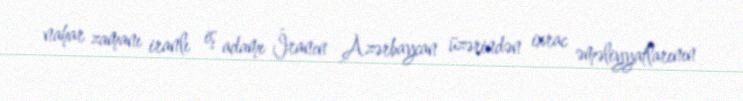
nahar zamanı iranlı iş adamı İranın Azərbaycan üzərindən ixrac əməliyyatlarının